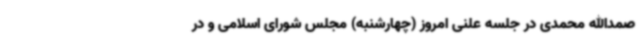
صمدالله محمدی در جلسه علنی امروز (چهارشنبه) مجلس شورای اسلامی و در